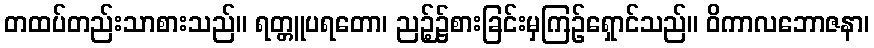
တထပ်တည်းသာစားသည်။ ရတ္တူပရတော၊ ညဉ့်၌စားခြင်းမှကြဉ်ရှောင်သည်။ ဝိကာလဘောဇနာ၊